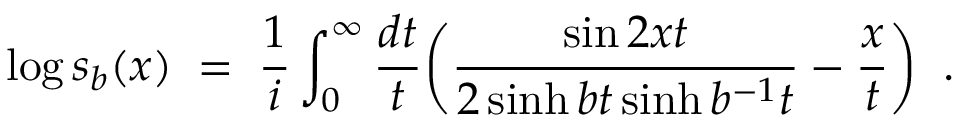
\log s _ { b } ( x ) \; = \; \frac { 1 } { i } \int _ { 0 } ^ { \infty } \frac { d t } { t } \biggl ( \frac { \sin 2 x t } { 2 \sinh b t \sinh b ^ { - 1 } t } - \frac { x } { t } \biggl ) \; \; .